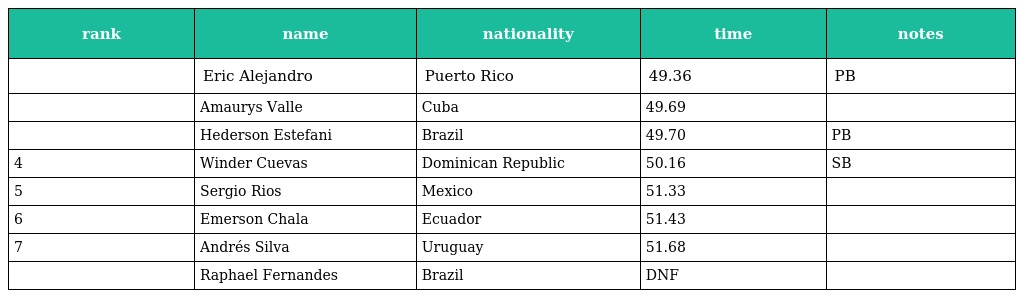
| rank | name | nationality | time | notes |
 | --- | --- | --- | --- | --- |
 |  | Eric Alejandro | Puerto Rico | 49.36 | PB |
 |  | Amaurys Valle | Cuba | 49.69 |  |
 |  | Hederson Estefani | Brazil | 49.70 | PB |
 | 4 | Winder Cuevas | Dominican Republic | 50.16 | SB |
 | 5 | Sergio Rios | Mexico | 51.33 |  |
 | 6 | Emerson Chala | Ecuador | 51.43 |  |
 | 7 | Andrés Silva | Uruguay | 51.68 |  |
 |  | Raphael Fernandes | Brazil | DNF |  |